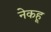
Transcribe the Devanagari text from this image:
नेकहू